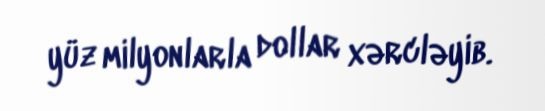
yüz milyonlarla dollar xərcləyib.